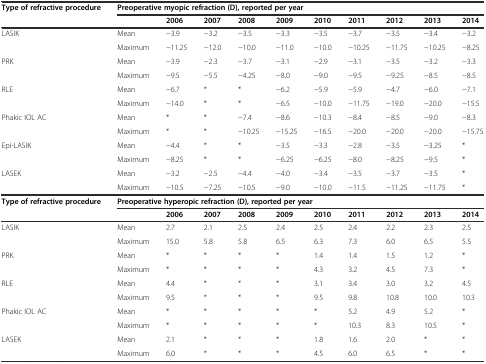
<table><thead><tr><td rowspan="2"><b>Type of refractive procedure</b></td><td colspan="10"><b>Preoperative myopic refraction (D), reported per year</b></td></tr><tr><td></td><td><b>2006</b></td><td><b>2007</b></td><td><b>2008</b></td><td><b>2009</b></td><td><b>2010</b></td><td><b>2011</b></td><td><b>2012</b></td><td><b>2013</b></td><td><b>2014</b></td></tr></thead><tbody><tr><td rowspan="2">LASIK</td><td>Mean</td><td>−3.9</td><td>−3.2</td><td>−3.5</td><td>−3.3</td><td>−3.5</td><td>−3.7</td><td>−3.5</td><td>−3.4</td><td>−3.2</td></tr><tr><td>Maximum</td><td>−11.25</td><td>−12.0</td><td>−10.0</td><td>−11.0</td><td>−10.0</td><td>−10.25</td><td>−11.75</td><td>−10.25</td><td>−8.25</td></tr><tr><td rowspan="2">PRK</td><td>Mean</td><td>−3.9</td><td>−2.3</td><td>−3.7</td><td>−3.1</td><td>−2.9</td><td>−3.1</td><td>−3.5</td><td>−3.2</td><td>−3.3</td></tr><tr><td>Maximum</td><td>−9.5</td><td>−5.5</td><td>−4.25</td><td>−8.0</td><td>−9.0</td><td>−9.5</td><td>−9.25</td><td>−8.5</td><td>−8.5</td></tr><tr><td rowspan="2">RLE</td><td>Mean</td><td>−6.7</td><td>*</td><td>*</td><td>−6.2</td><td>−5.9</td><td>−5.9</td><td>−4.7</td><td>−6.0</td><td>−7.1</td></tr><tr><td>Maximum</td><td>−14.0</td><td>*</td><td>*</td><td>−6.5</td><td>−10.0</td><td>−11.75</td><td>−19.0</td><td>−20.0</td><td>−15.5</td></tr><tr><td rowspan="2">Phakic IOL AC</td><td>Mean</td><td>*</td><td>*</td><td>−7.4</td><td>−8.6</td><td>−10.3</td><td>−8.4</td><td>−8.5</td><td>−9.0</td><td>−8.3</td></tr><tr><td>Maximum</td><td>*</td><td>*</td><td>−10.25</td><td>−15.25</td><td>−16.5</td><td>−20.0</td><td>−20.0</td><td>−20.0</td><td>−15.75</td></tr><tr><td rowspan="2">Epi-LASIK</td><td>Mean</td><td>−4.4</td><td>*</td><td>*</td><td>−3.5</td><td>−3.3</td><td>−2.8</td><td>−3.5</td><td>−3.25</td><td>*</td></tr><tr><td>Maximum</td><td>−8.25</td><td>*</td><td>*</td><td>−6.25</td><td>−6.25</td><td>−8.0</td><td>−8.25</td><td>−9.5</td><td>*</td></tr><tr><td rowspan="2">LASEK</td><td>Mean</td><td>−3.2</td><td>−2.5</td><td>−4.4</td><td>−4.0</td><td>−3.4</td><td>−3.5</td><td>−3.7</td><td>−3.5</td><td>*</td></tr><tr><td>Maximum</td><td>−10.5</td><td>−7.25</td><td>−10.5</td><td>−9.0</td><td>−10.0</td><td>−11.5</td><td>−11.25</td><td>−11.75</td><td>*</td></tr><tr><td rowspan="2"><b>Type of refractive procedure</b></td><td colspan="10"><b>Preoperative hyperopic refraction (D), reported per year</b></td></tr><tr><td></td><td><b>2006</b></td><td><b>2007</b></td><td><b>2008</b></td><td><b>2009</b></td><td><b>2010</b></td><td><b>2011</b></td><td><b>2012</b></td><td><b>2013</b></td><td><b>2014</b></td></tr><tr><td>LASIK</td><td>Mean</td><td>2.7</td><td>2.1</td><td>2.5</td><td>2.4</td><td>2.5</td><td>2.4</td><td>2.2</td><td>2.3</td><td>2.5</td></tr><tr><td></td><td>Maximum</td><td>15.0</td><td>5.8</td><td>5.8</td><td>6.5</td><td>6.3</td><td>7.3</td><td>6.0</td><td>6.5</td><td>5.5</td></tr><tr><td>PRK</td><td>Mean</td><td>*</td><td>*</td><td>*</td><td>*</td><td>1.4</td><td>1.4</td><td>1.5</td><td>1.2</td><td>*</td></tr><tr><td></td><td>Maximum</td><td>*</td><td>*</td><td>*</td><td>*</td><td>4.3</td><td>3.2</td><td>4.5</td><td>7.3</td><td>*</td></tr><tr><td>RLE</td><td>Mean</td><td>4.4</td><td>*</td><td>*</td><td>*</td><td>3.1</td><td>3.4</td><td>3.0</td><td>3.2</td><td>4.5</td></tr><tr><td></td><td>Maximum</td><td>9.5</td><td>*</td><td>*</td><td>*</td><td>9.5</td><td>9.8</td><td>10.8</td><td>10.0</td><td>10.3</td></tr><tr><td>Phakic IOL AC</td><td>Mean</td><td>*</td><td>*</td><td>*</td><td>*</td><td>*</td><td>5.2</td><td>4.9</td><td>5.2</td><td>*</td></tr><tr><td></td><td>Maximum</td><td>*</td><td>*</td><td>*</td><td>*</td><td>*</td><td>10.3</td><td>8.3</td><td>10.5</td><td>*</td></tr><tr><td>LASEK</td><td>Mean</td><td>2.1</td><td>*</td><td>*</td><td>*</td><td>1.8</td><td>1.6</td><td>2.0</td><td>*</td><td>*</td></tr><tr><td></td><td>Maximum</td><td>6.0</td><td>*</td><td>*</td><td>*</td><td>4.5</td><td>6.0</td><td>6.5</td><td>*</td><td>*</td></tr></tbody></table>